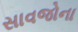
સાવજોના